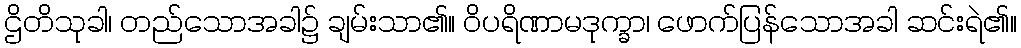
ဌိတိသုခါ၊ တည်သောအခါ၌ ချမ်းသာ၏။ ဝိပရိဏာမဒုက္ခာ၊ ဖောက်ပြန်သောအခါ ဆင်းရဲ၏။